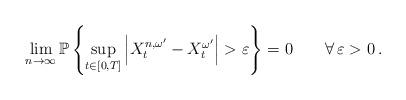
LaTeX: \begin{align*}\lim_{n\to\infty}\mathbb{P}\left\lbrace \sup_{t\in[0,T]}\left\lvert X^{n,\omega^\prime}_t-X_t^{\omega^\prime}\right\rvert > \varepsilon\right\rbrace=0\qquad\forall\,\varepsilon > 0\, . \end{align*}